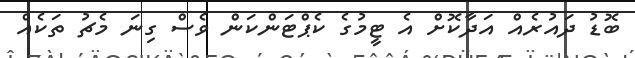
ބޮޑު ދައުރެއް އަދާކޮށް އެ ޓީމުގެ ކެޕްޓަންކަން ވެސް ގިނަ މެޗު ތަކެއް